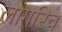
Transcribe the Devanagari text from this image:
लोंगरिच